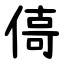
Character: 㑸